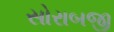
સોરાબજી